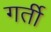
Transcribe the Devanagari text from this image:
गर्ती